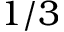
1 / 3